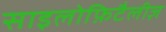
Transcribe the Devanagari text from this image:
साइलोफ़िटैलीज़